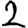
Digit: 2